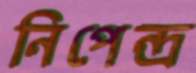
নিপেন্দ্র